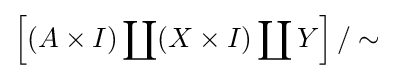
\left[(A\times I)\coprod (X\times I)\coprod Y\right]/\sim